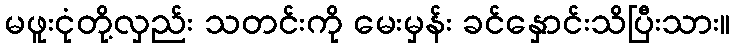
မဖူးငုံတို့လှည်း သတင်းကို မေးမှန်း ခင်နှောင်းသိပြီးသား။